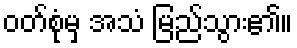
ဝတ်စုံမှ အသံ မြည်သွား၏။